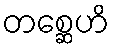
တစ္ဆေဟိ